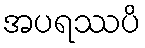
အပရဿပိ